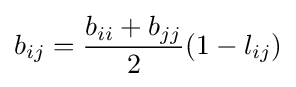
b_{ij}={\frac {b_{ii}+b_{jj}}{2}}(1-l_{ij})